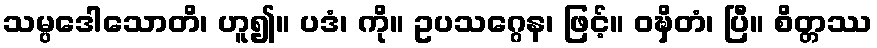
သမ္ပဒေါသောတိ၊ ဟူ၍။ ပဒံ၊ ကို။ ဥပသဂ္ဂေန၊ ဖြင့်။ ဝဍ္ဎှိတံ၊ ပြီ။ စိတ္တဿ